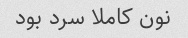
نون کاملا سرد بود